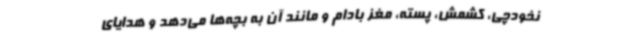
نخودچی، کشمش، پسته، مغز بادام و مانند آن به بچه‌ها می‌دهد و هدایای